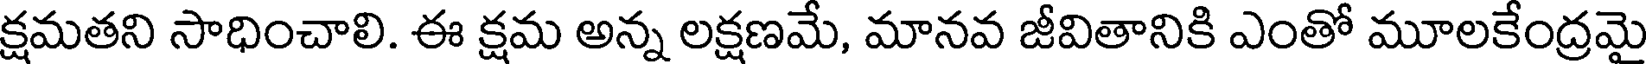
క్షమతని సాధించాలి. ఈ క్షమ అన్న లక్షణమే, మానవ జీవితానికి ఎంతో మూలకేంద్రమై